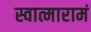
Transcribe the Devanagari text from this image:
स्वात्मारामं